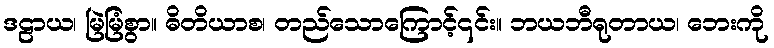
ဒဠာယ၊ မြဲမြံစွာ။ ဓိတိယာစ၊ တည်သောကြောင့်၎င်း။ ဘယဘီရုတာယ၊ ဘေးကို